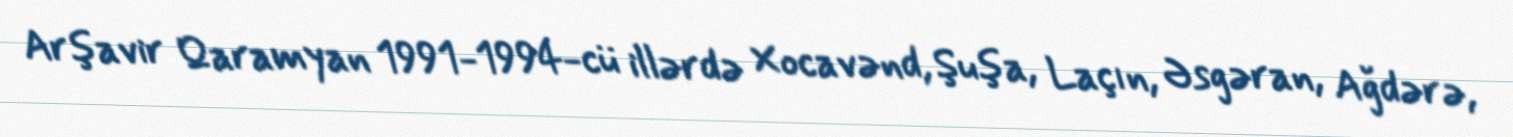
Arşavir Qaramyan 1991-1994-cü illərdə Xocavənd, Şuşa, Laçın, Əsgəran, Ağdərə,